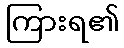
ကြားရ၏